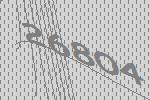
26804